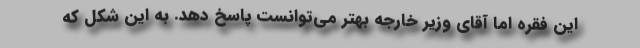
این فقره اما آقای وزیر خارجه بهتر می‌توانست پاسخ دهد. به این شکل که